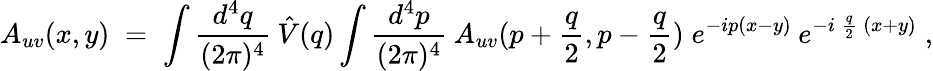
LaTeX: A_{uv}(x,y)\; =\; \int\frac{d^{4}q}{(2\pi)^{4}}\: \hat{V}(q)\int\frac{d^{4}p}{(2\pi)^{4}}\: A_{uv}(p+\frac{q}{2},p-\frac{q}{2})\; e^{-ip(x-y)}\: e^{-i\: \frac{q}{2}\: (x+y)}\; ,